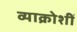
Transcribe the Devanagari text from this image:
व्याक्रोशीं